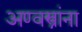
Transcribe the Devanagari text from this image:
अण्वस्त्रांना